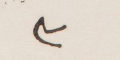
٣